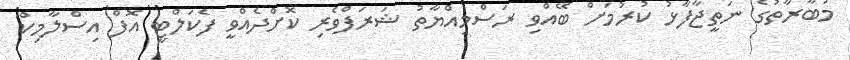
މުބާރާތުގެ ނަތީޖާފާޅު ކުރުމަށް ބޭއްވި ރަސްމިއްޔާތު ޝަރަފްވެރި ކޮށްދެއްވީ ފެކަލްޓީ އޮފް އިސްލާމިކް